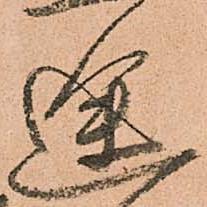
途